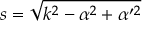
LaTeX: s = \sqrt { k ^ { 2 } - \alpha ^ { 2 } + \alpha ^ { \prime 2 } }